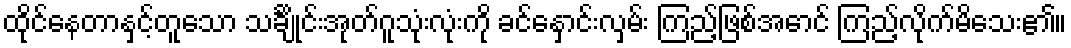
ထိုင်နေတာနှင့်တူသော သင်္ချိုင်းအုတ်ဂူသုံးလုံးကို ခင်နှောင်းလှမ်း ကြည့်ဖြစ်အောင် ကြည့်လိုက်မိသေး၏။